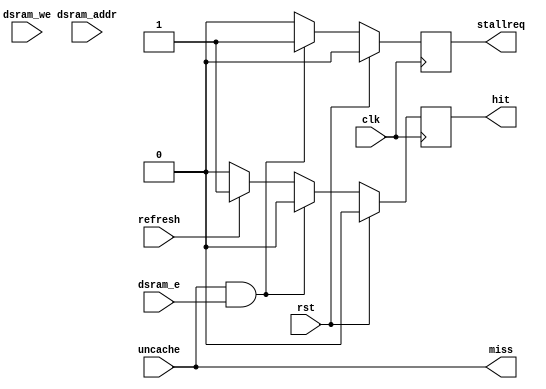
module ysyx_2022040010_uncache_tag (
    input                   clk,
    input                   rst,

    output reg              stallreq, 
    input                   uncache,   // uncache

    input                   dsram_e,    
    input                   dsram_we,
    input [63:0]            dsram_addr,

    input                   refresh,  // from axi

    output                  miss,
    output reg              hit
);

    reg [1:0] stage;

    // always @(posedge clk) begin
    //     if (rst==`RstEnable) begin
    //         axi_e <= 1'b0;
    //         axi_wsel <= 7'b0;
    //         axi_addr <= 64'b0; 

    //         hit <= 1'b0;
    //         stage <= `T1;
    //     end
    //     else begin
    //         case (stage)
    //             `T1: begin
    //                 if (dsran_e & ~uncache) begin
    //                     axi_e <= 1'b1;
    //                     axi_wsel <= sram_sel
    //                     stage <= `T2;
    //                 end
    //                 hit <= 1'b0;
    //             end      
    //             `T2: begin
    //                 if (refresh) begin
    //                     stage <= `T3;
    //                     hit <= 1'b1;
    //                 end
    //             end
    //             `T3: begin
    //                 stage <= `T1;
    //                 hit   <= 1'b1;
    //             end
    //             default: begin
    //                 stage <= `T1;
    //             end
    //         endcase
    //     end
    // end

    always @(posedge clk) begin
        if (rst) begin
            hit <= 1'b0;
            stallreq <= 1'b0;
        end
        else begin
            if (uncache & dsram_e) begin  // miss
                hit         <= 1'b0;
                stallreq    <= 1'b1;
            end
            else if (refresh) begin
                hit         <= 1'b1;
                stallreq    <= 1'b0;
            end
            else begin
                hit         <= 1'b0;
                stallreq    <= 1'b0;
            end
        end
    end



//
    assign miss = uncache; // unmiss
//



    
endmodule